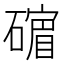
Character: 𪿷